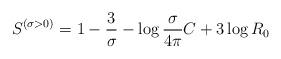
LaTeX: \begin{align*}S^{\left( {\sigma >0} \right)}=1-{3 \over \sigma }-\log {\sigma \over{4\pi }}C+3 \log R_0\end{align*}